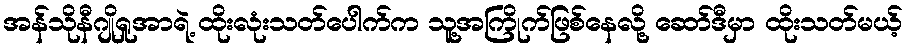
အန်သိုနီဂျိုရှုအာရဲ့ ထိုးလုံးသတ်ပေါက်က သူ့အကြိုက်ဖြစ်နေလို့ ဆော်ဒီမှာ ထိုးသတ်မယ့်